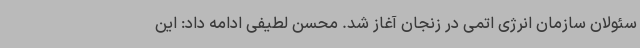
سئولان سازمان انرژی اتمی در زنجان آغاز شد. محسن لطیفی ادامه داد: این